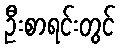
ဦးစာရင်းတွင်